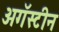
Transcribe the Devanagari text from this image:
अगॅस्टीन